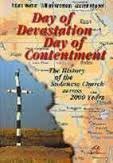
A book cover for Day of devastation, day of contentment: The history of the Sudanese church across 2000 years (Faith in Sudan series); Roland Werner; History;